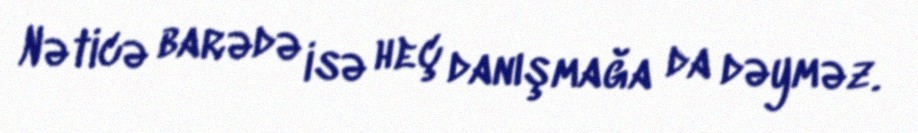
Nəticə barədə isə heç danışmağa da dəyməz.